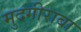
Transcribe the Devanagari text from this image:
मुदगीराबा